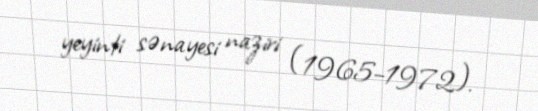
yeyinti sənayesi naziri (1965–1972).